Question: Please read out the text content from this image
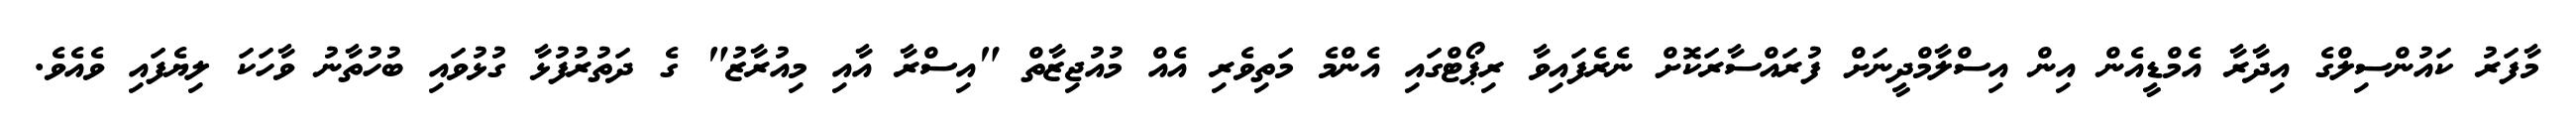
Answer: މާފަރު ކައުންސިލްގެ އިދާރާ އެމްޑީއެން އިން އިސްލާމްދީނަށް ފުރައްސާރަކޮށް ނެރެފައިވާ ރިޕޯޓްގައި އެންމެ މަތިވެރި އެއް މުއުޖިޒާތް "އިސްރާ އާއި މިއުރާޒު" ގެ ދަތުރުފުޅާ ގުޅުވައި ބުހުތާނު ވާހަކަ ލިޔެފައި ވެއެވެ.